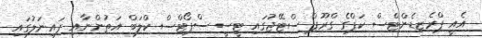
އެއީ ޕްރެޒިޑެންޓްސް ކަޕްގެ ގްރޫޕް ސްޓޭޖުގައި ޓީސީ ސްޕޯޓްސް ކްލަބް އަތުންނާއި ފައިނަލުގައި